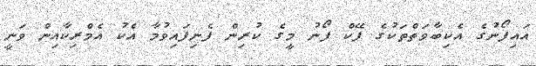
އައިފޯނުގެ އެކިބާވަތްތަކުގެ ފޭކް ފޯނު މީގެ ކުރިން ފެނިފައިވުމާ އެކު އެމްރިކާއިން ވަނީ